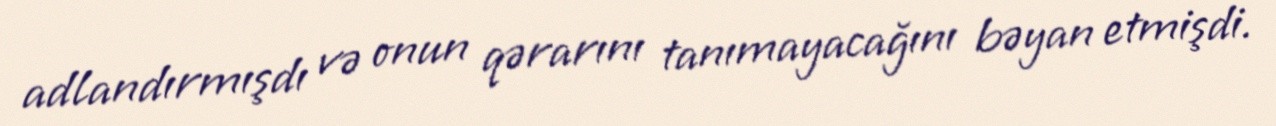
adlandırmışdı və onun qərarını tanımayacağını bəyan etmişdi.